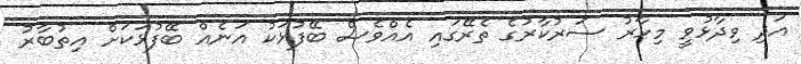
އަދި ވިދާޅުވީ މިހާރު ސަރުކާރުގެ ތެރޭގައި އެއްވެސް ބޭފުޅަކު އަނެއް ބޭފުޅަކަށް އިތުބާރު